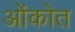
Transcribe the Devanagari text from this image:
ओंकोत